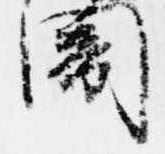
闇